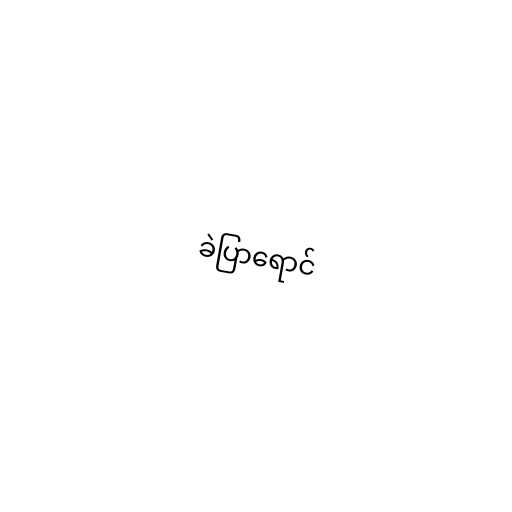
ခဲပြာရောင်